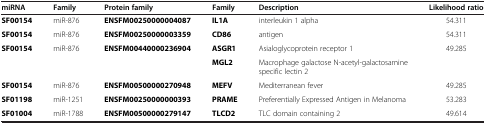
| miRNA | Family | Protein family | Family | Description | Likelihood ratio |
 | --- | --- | --- | --- | --- | --- |
 | SF00154 | miR-876 | ENSFM00250000004087 | IL1A | interleukin 1 alpha | 54.311 |
 | SF00154 | miR-876 | ENSFM00250000003359 | CD86 | antigen | 54.311 |
 | SF00154 | miR-876 | ENSFM00440000236904 | ASGR1 | Asialoglycoprotein receptor 1 | 49.285 |
 |  |  |  | MGL2 | Macrophage galactose N-acetyl-galactosamine specific lectin 2 |  |
 | SF00154 | miR-876 | ENSFM00500000270948 | MEFV | Mediterranean fever | 49.285 |
 | SF01198 | miR-1251 | ENSFM00250000000393 | PRAME | Preferentially Expressed Antigen in Melanoma | 53.283 |
 | SF01004 | miR-1788 | ENSFM00500000279147 | TLCD2 | TLC domain containing 2 | 49.614 |